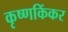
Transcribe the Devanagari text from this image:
कृष्णकिंकर